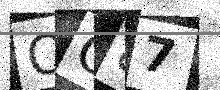
Text: OC87